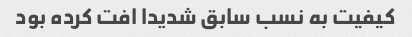
کیفیت به نسب سابق شدیدا افت کرده بود